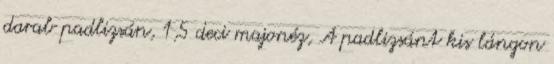
darab padlizsán, 1,5 deci majonéz, A padlizsánt kis lángon